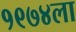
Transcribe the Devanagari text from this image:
१९७४ला